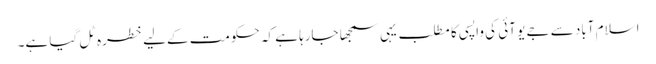
اسلام آباد سے جے یو آئی کی واپسی کا مطلب یہی سمجھا جارہا ہے کہ حکومت کےلیے خطرہ ٹل گیا ہے۔